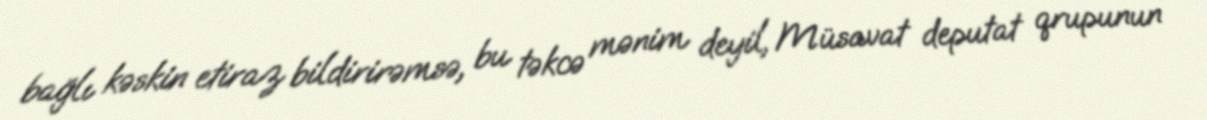
bağlı kəskin etiraz bildirirəmsə, bu təkcə mənim deyil, Müsavat deputat qrupunun